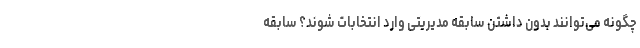
چگونه می‌توانند بدون داشتن سابقه مدیریتی وارد انتخابات شوند؟ سابقه